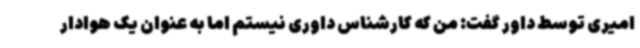
امیری توسط داور گفت: من که کارشناس داوری نیستم اما به عنوان یک هوادار